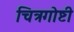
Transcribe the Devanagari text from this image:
चित्रगोष्टी